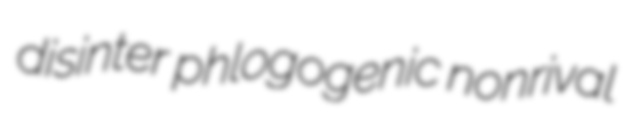
disinter phlogogenic nonrival